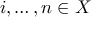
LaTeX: i , \dots , n \in X